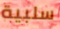
سلبية